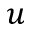
u